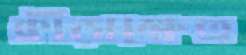
ক্রীড়াক্ষেত্র